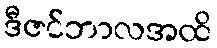
ဒီဇင်ဘာလအထိ